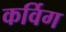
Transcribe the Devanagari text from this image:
कर्विग